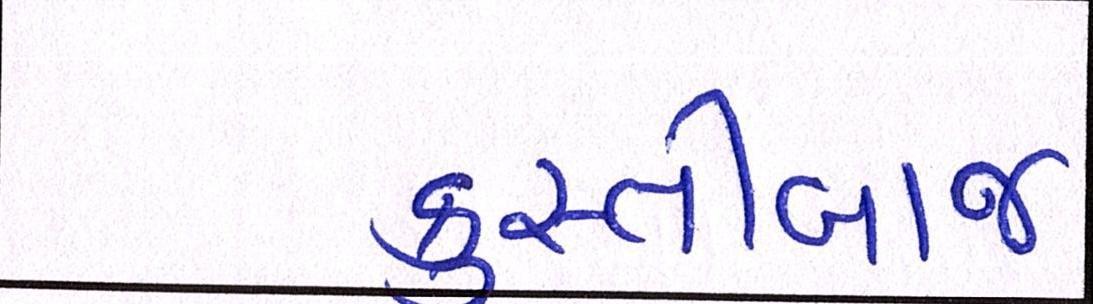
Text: કુસ્તીબાજ